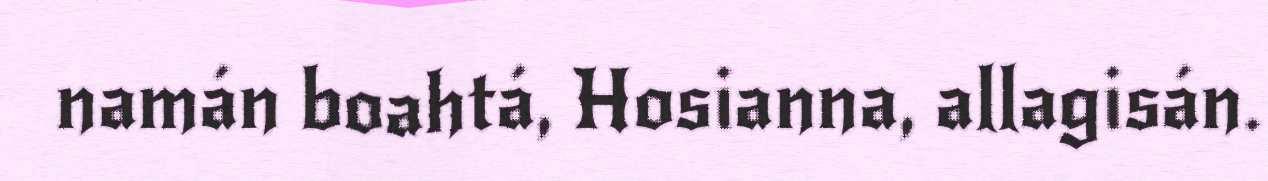
namán boahtá, Hosianna, allagisán.